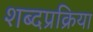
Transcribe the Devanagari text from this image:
शब्दप्रक्रिया